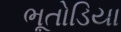
ભૂતોડિયા